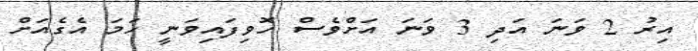
އިރު 2 ވަނަ އަދި 3 ވަނަ އަށްވެސް ހޮވިފައިވަނީ ހަމަ އެގެއަށް